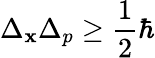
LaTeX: \Delta_{\mathbf{x}}\Delta_{p}\geq{\frac{{1}}{{2}}}\hbar